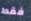
فقط